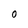
Character: 0